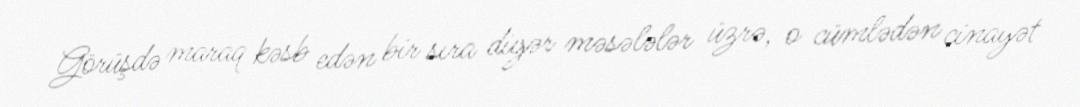
Görüşdə maraq kəsb edən bir sıra digər məsələlər üzrə, o cümlədən cinayət